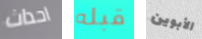
احداث قبله الأبوين